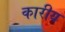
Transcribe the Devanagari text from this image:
कारीय